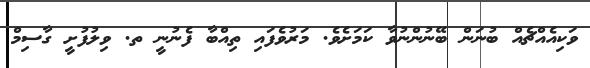
ވަކިއެއްޗެއް ބުނަން ބޭނުންނުވާ ކަމަށެވެ. މަރުވެފައި ތިއްބާ ފެނުނީ ތ. ވިލުފުށީ ގާސިމް